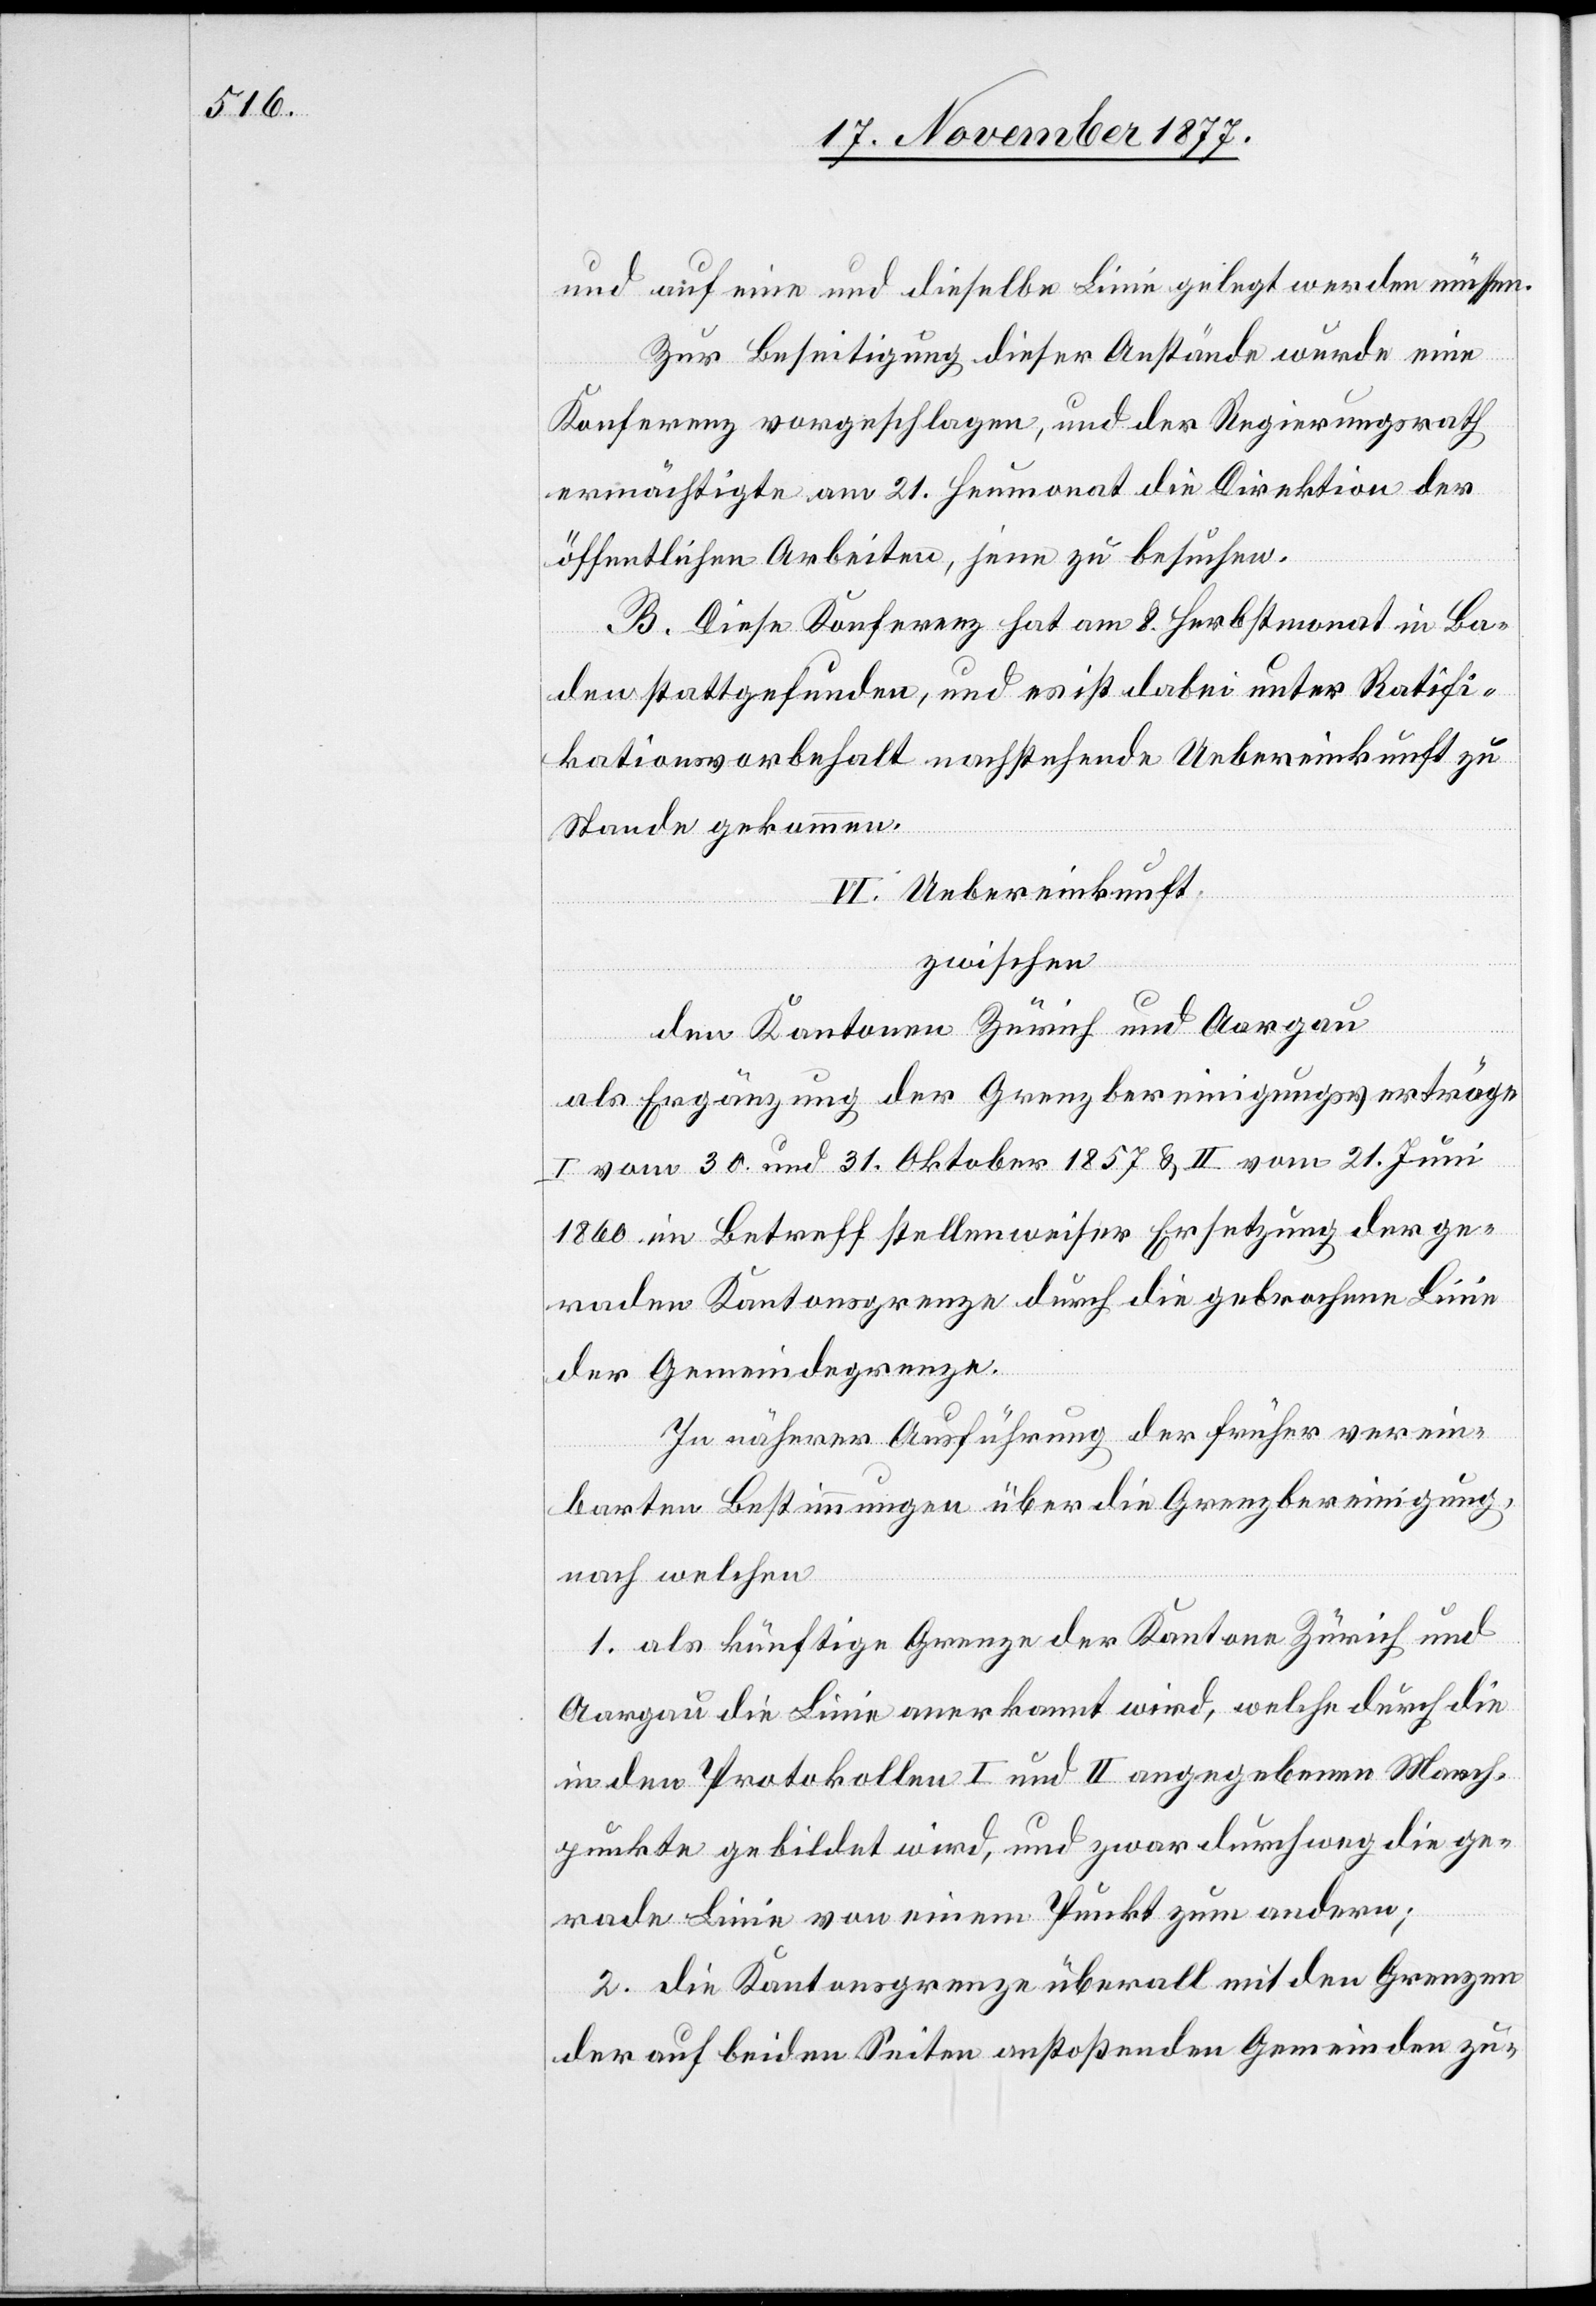
und auf eine und dieselbe Linie gelegt werden müssen.
Zur Beseitigung dieser Anstände wurde eine
Konferenz vorgeschlagen, und der Regierungsrath
ermächtigte am 21. Heumonat die Direktion der
öffentlichen Arbeiten, jene zu besuchen.
B. Diese Konferenz hat am 8. Herbstmonat in Ba¬
den stattgefunden, und es ist dabei unter Ratifi¬
kationsvorbehalt nachstehende Uebereinkunft zu
Stande gekommen.
VI. Uebereinkunft
zwischen
den Kantonen Zürich und Aargau
als Ergänzung der Grenzbereinigungsverträge
I vom 30. und 31. Oktober 1857 & II vom 21. Juni
1860 im Betreff stellenweiser Ersetzung der ge¬
raden Kantonsgrenze durch die gebrochene Linie
der Gemeindegrenze.
In näherer Ausführung der früher verein¬
barten Bestimmungen über die Grenzbereinigung,
nach welchen
1. als künftige Grenze der Kantone Zürich und
Aargau die Linie anerkannt wird, welche durch die
in den Protokollen I und II angegebenen March¬
punkte gebildet wird, und zwar durchweg die ge¬
rade Linie von einem Punkt zum andern;
2. die Kantonsgrenze überall mit den Grenzen
der auf beiden Seiten anstoßenden Gemeinden zu-